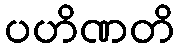
ပဟိဏတိ